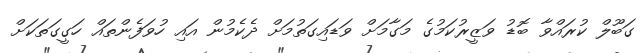
ގަބޫލް ކުރައްވާ ބޮޑު ވަޒީރުކަމުގެ މަގާމަށް ވަޑައިގަތުމަށް ދެކެމުން އައި ހުވަފެންތައް ހަގީގަތަކަށް